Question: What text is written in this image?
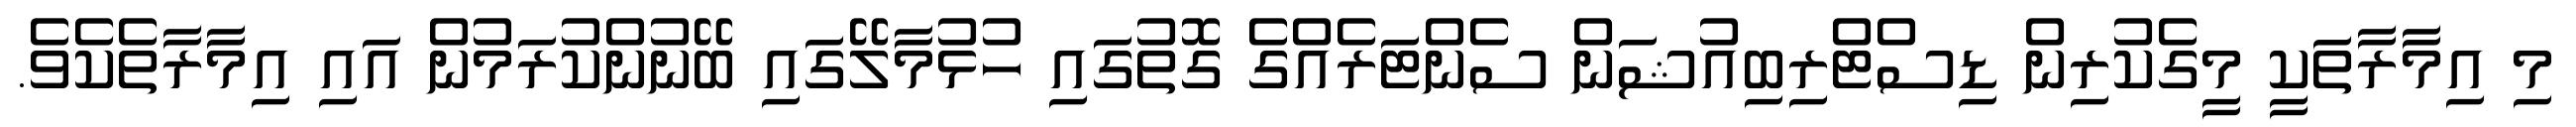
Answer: މި އިމާރާތަކީ މީގެކުރިން ޑިސްޓްރިބިއުޝަން ސެންޓަރެއްގެ ގޮތުގައި ހުޅުމާލޭގައި ބޭނުންކުރަމުން އައި އިމާރާތެކެވެ.